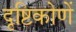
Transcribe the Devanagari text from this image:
दृष्टिकोणें